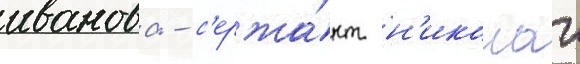
иванова - с'ержа́нт н'иколаи